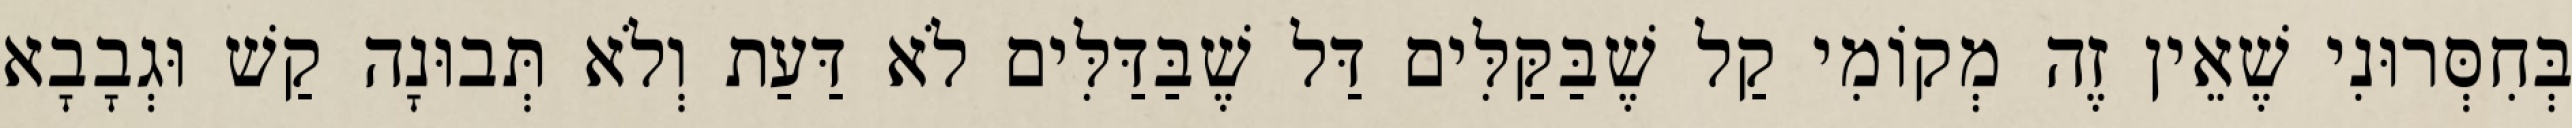
בְּחִסְּרוּנִי שֶׁאֵין זֶה מְקוֹמִי קַל שֶׁבַּקַּלִּים דַּל שֶׁבַּדַּלִּים לֹא דַּעַת וְלֹא תְּבוּנָה קַשׁ וּגְבָבָא